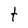
Character: t